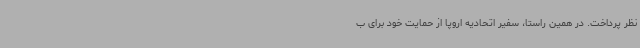
نظر پرداخت. در همین راستا، سفیر اتحادیه اروپا از حمایت خود برای ب